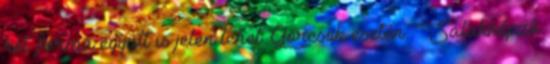
két forma együtt is jelen lehet. Görcsök esetén: Salakképző